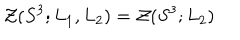
{ \cal Z } ( S ^ { 3 } ; L _ { 1 } , L _ { 2 } ) = { \cal Z } ( S ^ { 3 } ; L _ { 2 } )